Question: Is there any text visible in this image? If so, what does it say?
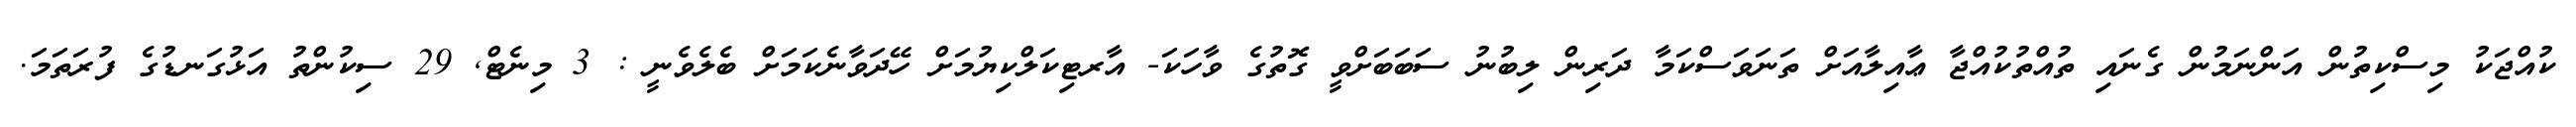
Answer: ކުއްޖަކު މިސްކިތުން އަންނަމުން ގެނައި ތުއްތުކުއްޖާ ޢާއިލާއަށް ތަނަވަސްކަމާ ދަރިން ލިބުނު ސަބަބަށްވީ ގޮތުގެ ވާހަކަ- އާރޓިކަލްކިޔުމަށް ހޭދަވާނެކަމަށް ބެލެވެނީ : 3 މިނެޓް, 29 ސިކުންތު އަޅުގަނޑުގެ ފުރަތަމަ.